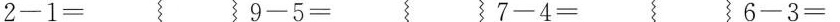
$$2 - 1 =$$ $$9 - 5 =$$ $$7 - 4 =$$ $$6 - 3 =$$